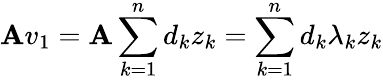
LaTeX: \mathbf{A}v_{1}=\mathbf{A}\sum_{k=1}^{n}d_{k}z_{k}=\sum_{k=1}^{n}d_{k}\lambda_{k}z_{k}